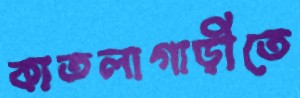
কাতলাগাড়ীতে